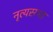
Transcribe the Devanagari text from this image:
नृत्यसभा